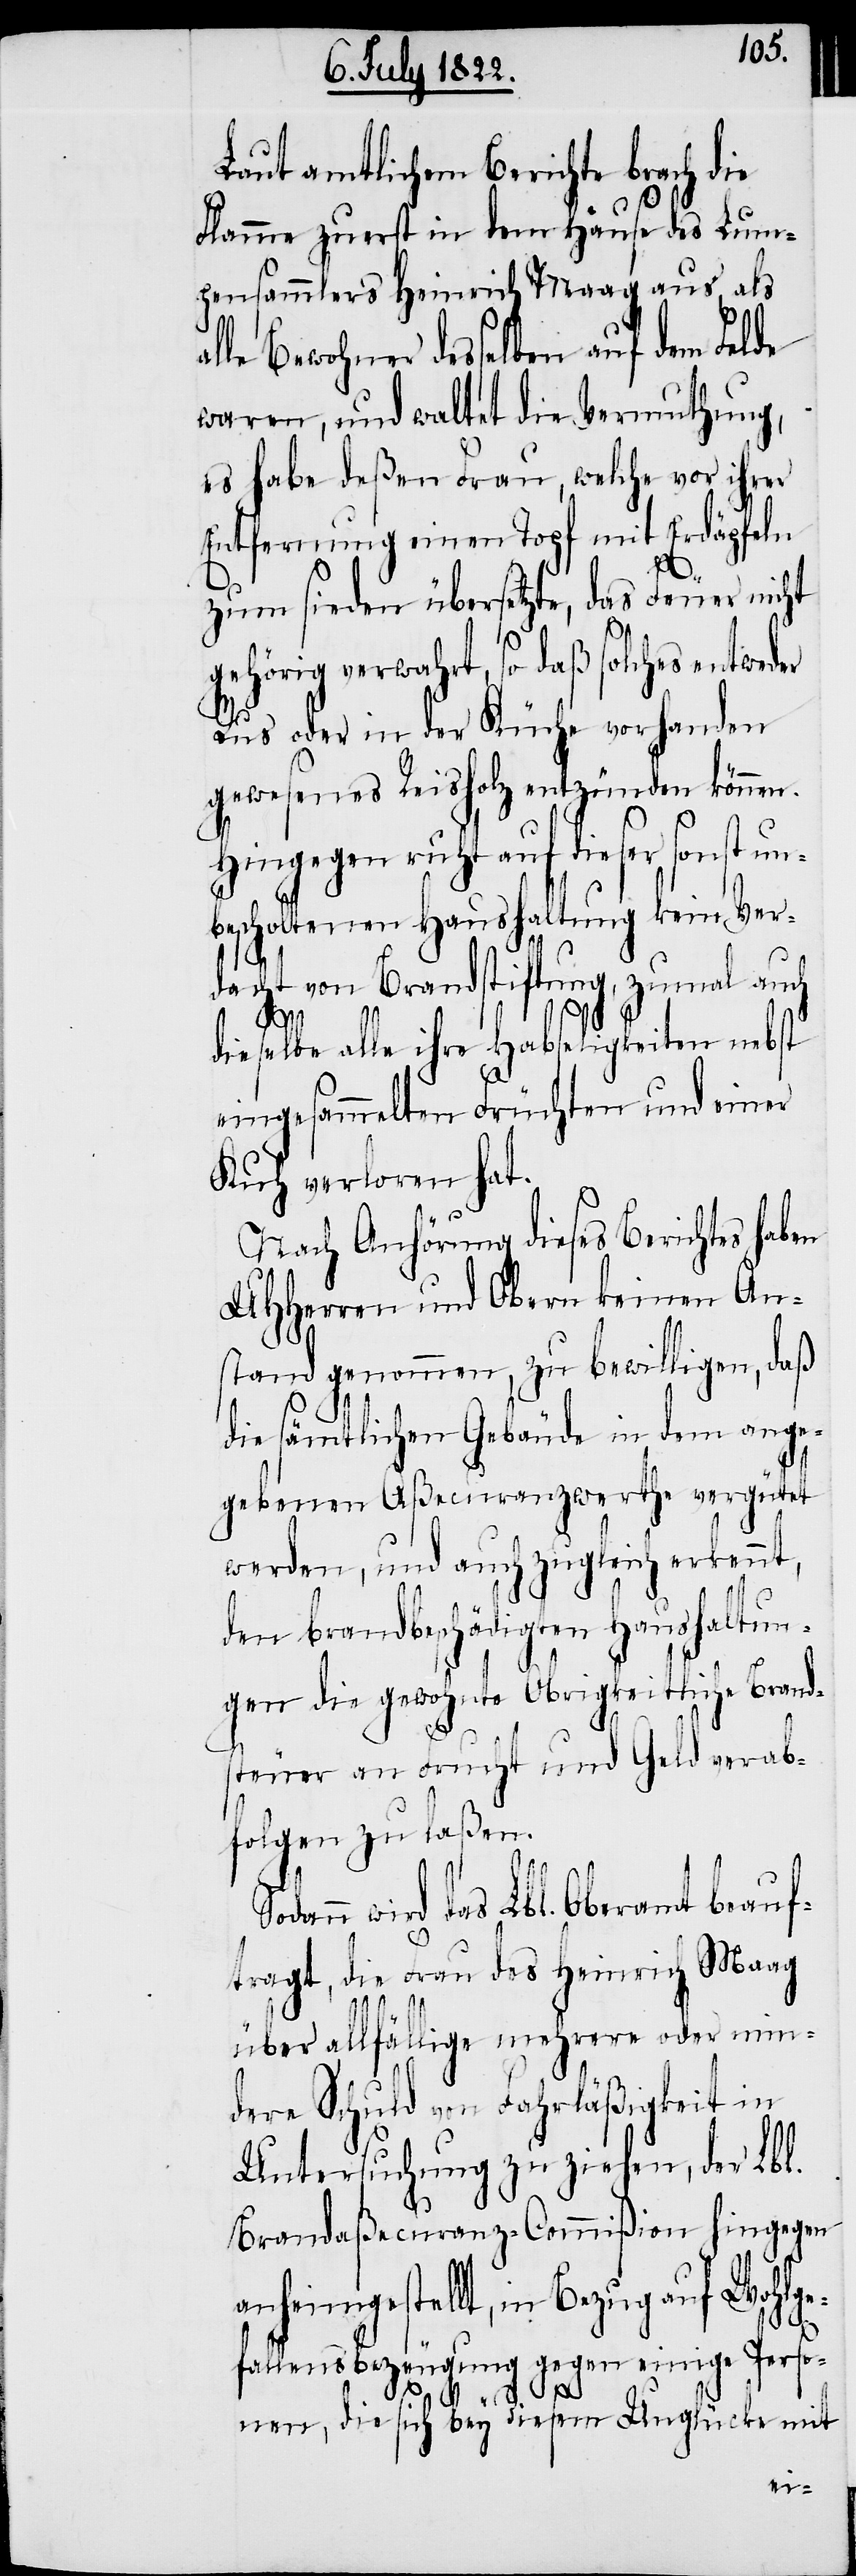
Laut amtlichem Berichte brach die
Flamme zuerst in dem Hause des Lum¬
pensammlers Heinrich Maag aus, als
alle Bewohner desselben auf dem Felde
waren, und waltet die Vermuthung,
es habe deßen Frau, welche vor ihrer
Entfernung einen Topf mit Erdäpfeln
zum sieden übersetzte, das Feuer nicht
gehörig verwahrt, so daß solches entweder
Rus oder in der Küche vorhanden
gewesenes Reisholz entzünden können.
Hingegen ruht auf dieser, sonst un¬
bescholtenen Haushaltung kein Ver¬
dacht von Brandstiftung, zumal auch
dieselbe alle ihre Habseligkeiten nebst
eingesammelten Früchten und einer
Kuh verloren hat.
Nach Anhörung dieses Berichtes haben
UHHerren und Obern keinen An¬
stand genommen, zu bewilligen, daß
die sämmtlichen Gebäude in dem an¬
gehobenen Aßecuranzwerthe vergütet
werden, und auch zugleich erkennt,
den brandbeschädigten Haushaltun¬
gen die gewohnte Obrigkeitliche Brands¬
teuer an Frucht und Geld verab¬
folgen zu laßen.
wird das Lbl. Oberamt beauf¬
tragt, die Frau des Heinrich Maag
über allfällige mehrere oder min¬
dere Schuld von Fahrläßigkeit in
Untersuchung zu ziehen, der Lbl.
Brandaßecuranz-Commißion hingegen
anheimgestellt, in Bezug auf Wohlge¬
fallens Bezeugung gegen einige Perso¬
nen, die sich bey diesem Unglücke mit